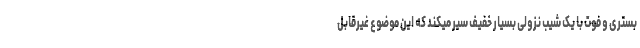
بستری و فوت با یک شیب نزولی بسیار خفیف سیر میکند که این موضوع غیرقابل